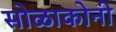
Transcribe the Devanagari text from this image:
सोळाकोनी